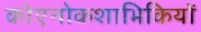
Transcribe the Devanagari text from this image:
कोएनोकशाभिकियों